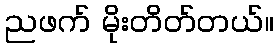
ညဖက် မိုးတိတ်တယ်။